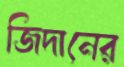
জিদানের